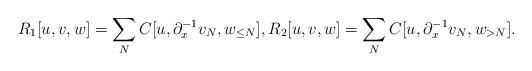
LaTeX: \begin{align*}R_1[u,v,w] = \sum\limits_NC[u,\partial_x^{-1}v_N,w_{\leq N}],R_2[u,v,w] = \sum\limits_NC[u,\partial_x^{-1}v_N,w_{> N}].\end{align*}